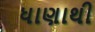
ધાણાથી